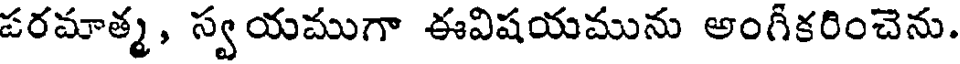
పరమాత్మ, స్వయముగా ఈవిషయమును అంగీకరించెను.